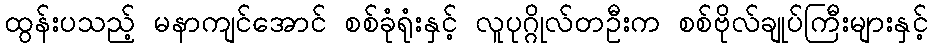
ထွန်းပသည့် မနာကျင်အောင် စစ်ခုံရုံးနှင့် လူပုဂ္ဂိုလ်တဦးက စစ်ဗိုလ်ချုပ်ကြီးများနှင့်